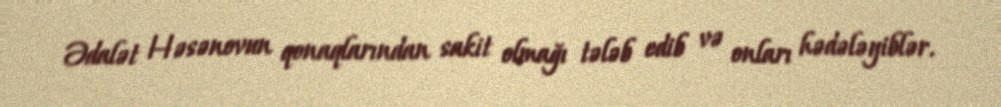
Ədalət Həsənovun qonaqlarından sakit olmağı tələb edib və onları hədələyiblər.